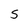
Character: S